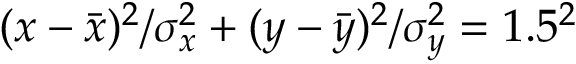
( x - \bar { x } ) ^ { 2 } / \sigma _ { x } ^ { 2 } + ( y - \bar { y } ) ^ { 2 } / \sigma _ { y } ^ { 2 } = 1 . 5 ^ { 2 }